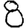
Digit: 8